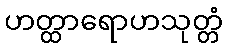
ဟတ္ထာရောဟသုတ္တံ